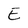
Character: E